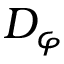
D _ { \varphi }